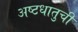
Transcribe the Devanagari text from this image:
अष्टधातुची